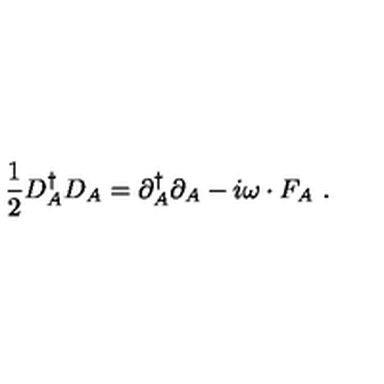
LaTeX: \frac 1 2 D _ { A } ^ { \dagger } D _ { A } = \partial _ { A } ^ { \dagger } \partial _ { A } - i \omega \cdot F _ { A } \ .